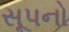
સૂપનો